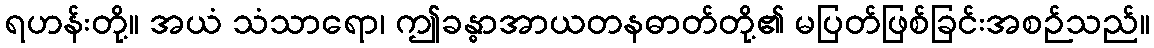
ရဟန်းတို့။ အယံ သံသာရော၊ ဤခန္ဓာအာယတနဓာတ်တို့၏ မပြတ်ဖြစ်ခြင်းအစဉ်သည်။